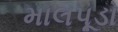
માલપૂડા